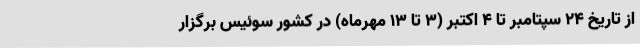
از تاریخ 24 سپتامبر تا 4 اکتبر (3 تا 13 مهرماه) در کشور سوئیس برگزار